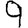
Digit: 9